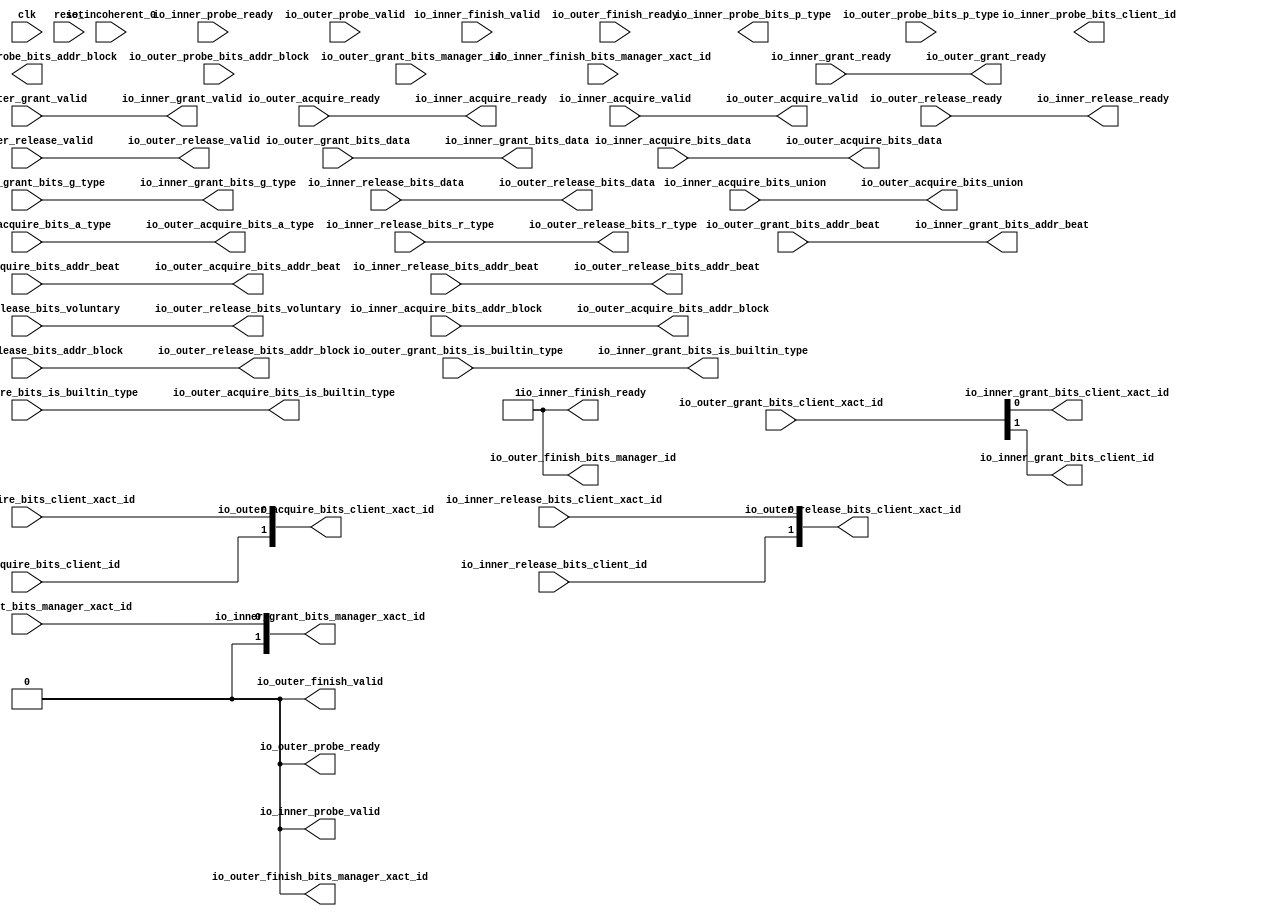
module ManagerToClientStatelessBridge(
  input   clk,
  input   reset,
  output  io_inner_acquire_ready,
  input   io_inner_acquire_valid,
  input  [25:0] io_inner_acquire_bits_addr_block,
  input   io_inner_acquire_bits_client_xact_id,
  input  [2:0] io_inner_acquire_bits_addr_beat,
  input   io_inner_acquire_bits_is_builtin_type,
  input  [2:0] io_inner_acquire_bits_a_type,
  input  [11:0] io_inner_acquire_bits_union,
  input  [63:0] io_inner_acquire_bits_data,
  input   io_inner_acquire_bits_client_id,
  input   io_inner_grant_ready,
  output  io_inner_grant_valid,
  output [2:0] io_inner_grant_bits_addr_beat,
  output  io_inner_grant_bits_client_xact_id,
  output [1:0] io_inner_grant_bits_manager_xact_id,
  output  io_inner_grant_bits_is_builtin_type,
  output [3:0] io_inner_grant_bits_g_type,
  output [63:0] io_inner_grant_bits_data,
  output  io_inner_grant_bits_client_id,
  output  io_inner_finish_ready,
  input   io_inner_finish_valid,
  input  [1:0] io_inner_finish_bits_manager_xact_id,
  input   io_inner_probe_ready,
  output  io_inner_probe_valid,
  output [25:0] io_inner_probe_bits_addr_block,
  output [1:0] io_inner_probe_bits_p_type,
  output  io_inner_probe_bits_client_id,
  output  io_inner_release_ready,
  input   io_inner_release_valid,
  input  [2:0] io_inner_release_bits_addr_beat,
  input  [25:0] io_inner_release_bits_addr_block,
  input   io_inner_release_bits_client_xact_id,
  input   io_inner_release_bits_voluntary,
  input  [2:0] io_inner_release_bits_r_type,
  input  [63:0] io_inner_release_bits_data,
  input   io_inner_release_bits_client_id,
  input   io_incoherent_0,
  input   io_outer_acquire_ready,
  output  io_outer_acquire_valid,
  output [25:0] io_outer_acquire_bits_addr_block,
  output [1:0] io_outer_acquire_bits_client_xact_id,
  output [2:0] io_outer_acquire_bits_addr_beat,
  output  io_outer_acquire_bits_is_builtin_type,
  output [2:0] io_outer_acquire_bits_a_type,
  output [11:0] io_outer_acquire_bits_union,
  output [63:0] io_outer_acquire_bits_data,
  output  io_outer_probe_ready,
  input   io_outer_probe_valid,
  input  [25:0] io_outer_probe_bits_addr_block,
  input  [1:0] io_outer_probe_bits_p_type,
  input   io_outer_release_ready,
  output  io_outer_release_valid,
  output [2:0] io_outer_release_bits_addr_beat,
  output [25:0] io_outer_release_bits_addr_block,
  output [1:0] io_outer_release_bits_client_xact_id,
  output  io_outer_release_bits_voluntary,
  output [2:0] io_outer_release_bits_r_type,
  output [63:0] io_outer_release_bits_data,
  output  io_outer_grant_ready,
  input   io_outer_grant_valid,
  input  [2:0] io_outer_grant_bits_addr_beat,
  input  [1:0] io_outer_grant_bits_client_xact_id,
  input   io_outer_grant_bits_manager_xact_id,
  input   io_outer_grant_bits_is_builtin_type,
  input  [3:0] io_outer_grant_bits_g_type,
  input  [63:0] io_outer_grant_bits_data,
  input   io_outer_grant_bits_manager_id,
  input   io_outer_finish_ready,
  output  io_outer_finish_valid,
  output  io_outer_finish_bits_manager_xact_id,
  output  io_outer_finish_bits_manager_id
);
  wire [1:0] T_1215;
  wire [1:0] T_1216;
  wire  T_1217;
  wire  T_1218;
  wire  T_1224;
  wire  T_1225;
  wire  T_1227;
  reg [25:0] GEN_0;
  reg [31:0] GEN_5;
  reg [1:0] GEN_1;
  reg [31:0] GEN_6;
  reg  GEN_2;
  reg [31:0] GEN_7;
  reg  GEN_3;
  reg [31:0] GEN_8;
  reg  GEN_4;
  reg [31:0] GEN_9;
  assign io_inner_acquire_ready = io_outer_acquire_ready;
  assign io_inner_grant_valid = io_outer_grant_valid;
  assign io_inner_grant_bits_addr_beat = io_outer_grant_bits_addr_beat;
  assign io_inner_grant_bits_client_xact_id = T_1217;
  assign io_inner_grant_bits_manager_xact_id = {{1'd0}, io_outer_grant_bits_manager_xact_id};
  assign io_inner_grant_bits_is_builtin_type = io_outer_grant_bits_is_builtin_type;
  assign io_inner_grant_bits_g_type = io_outer_grant_bits_g_type;
  assign io_inner_grant_bits_data = io_outer_grant_bits_data;
  assign io_inner_grant_bits_client_id = T_1218;
  assign io_inner_finish_ready = 1'h1;
  assign io_inner_probe_valid = 1'h0;
  assign io_inner_probe_bits_addr_block = GEN_0;
  assign io_inner_probe_bits_p_type = GEN_1;
  assign io_inner_probe_bits_client_id = GEN_2;
  assign io_inner_release_ready = io_outer_release_ready;
  assign io_outer_acquire_valid = io_inner_acquire_valid;
  assign io_outer_acquire_bits_addr_block = io_inner_acquire_bits_addr_block;
  assign io_outer_acquire_bits_client_xact_id = T_1215;
  assign io_outer_acquire_bits_addr_beat = io_inner_acquire_bits_addr_beat;
  assign io_outer_acquire_bits_is_builtin_type = io_inner_acquire_bits_is_builtin_type;
  assign io_outer_acquire_bits_a_type = io_inner_acquire_bits_a_type;
  assign io_outer_acquire_bits_union = io_inner_acquire_bits_union;
  assign io_outer_acquire_bits_data = io_inner_acquire_bits_data;
  assign io_outer_probe_ready = 1'h0;
  assign io_outer_release_valid = io_inner_release_valid;
  assign io_outer_release_bits_addr_beat = io_inner_release_bits_addr_beat;
  assign io_outer_release_bits_addr_block = io_inner_release_bits_addr_block;
  assign io_outer_release_bits_client_xact_id = T_1216;
  assign io_outer_release_bits_voluntary = io_inner_release_bits_voluntary;
  assign io_outer_release_bits_r_type = io_inner_release_bits_r_type;
  assign io_outer_release_bits_data = io_inner_release_bits_data;
  assign io_outer_grant_ready = io_inner_grant_ready;
  assign io_outer_finish_valid = 1'h0;
  assign io_outer_finish_bits_manager_xact_id = GEN_3;
  assign io_outer_finish_bits_manager_id = GEN_4;
  assign T_1215 = {io_inner_acquire_bits_client_id,io_inner_acquire_bits_client_xact_id};
  assign T_1216 = {io_inner_release_bits_client_id,io_inner_release_bits_client_xact_id};
  assign T_1217 = io_outer_grant_bits_client_xact_id[0];
  assign T_1218 = io_outer_grant_bits_client_xact_id[1];
  assign T_1224 = io_outer_probe_valid == 1'h0;
  assign T_1225 = T_1224 | reset;
  assign T_1227 = T_1225 == 1'h0;
`ifdef RANDOMIZE
  integer initvar;
  initial begin
    `ifndef verilator
      #0.002;
    `endif
  `ifdef RANDOMIZE
  GEN_5 = {1{$random}};
  GEN_0 = GEN_5[25:0];
  `endif
  `ifdef RANDOMIZE
  GEN_6 = {1{$random}};
  GEN_1 = GEN_6[1:0];
  `endif
  `ifdef RANDOMIZE
  GEN_7 = {1{$random}};
  GEN_2 = GEN_7[0:0];
  `endif
  `ifdef RANDOMIZE
  GEN_8 = {1{$random}};
  GEN_3 = GEN_8[0:0];
  `endif
  `ifdef RANDOMIZE
  GEN_9 = {1{$random}};
  GEN_4 = GEN_9[0:0];
  `endif
  end
`endif
  always @(posedge clk) begin
    `ifndef SYNTHESIS
    `ifdef PRINTF_COND
      if (`PRINTF_COND) begin
    `endif
        if (T_1227) begin
          $fwrite(32'h80000002,"Assertion failed: L2 agent got illegal probe\n    at Agents.scala:159 assert(!io.outer.probe.valid, ---L2 agent got illegal probe---)\n");
        end
    `ifdef PRINTF_COND
      end
    `endif
    `endif
    `ifndef SYNTHESIS
    `ifdef STOP_COND
      if (`STOP_COND) begin
    `endif
        if (T_1227) begin
          $fatal;
        end
    `ifdef STOP_COND
      end
    `endif
    `endif
  end
endmodule